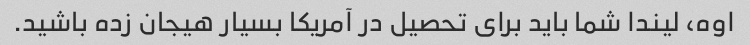
اوه، لیندا شما باید برای تحصیل در آمریکا بسیار هیجان زده باشید.